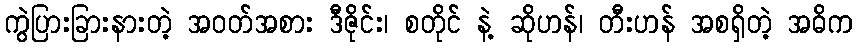
ကွဲပြားခြားနားတဲ့ အဝတ်အစား ဒီဇိုင်း၊ စတိုင် နဲ့ ဆိုဟန်၊ တီးဟန် အစရှိတဲ့ အဓိက